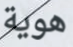
هوية